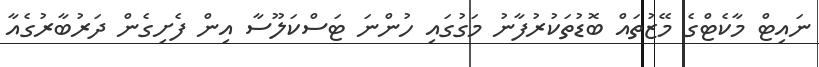
ނައިޓް މާކެޓްގެ މޭޒުތައް ބޮޑުތަކުރުފާނު މަގުގައި ހުންނަ ޓަސްކަލޫސާ އިން ފެށިގެން ދަރުބާރުގެއާ